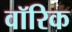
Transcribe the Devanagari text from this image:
वॉरिक